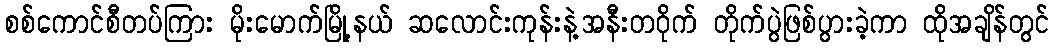
စစ်ကောင်စီတပ်ကြား မိုးမောက်မြို့နယ် ဆလောင်းကုန်းနဲ့အနီးတဝိုက် တိုက်ပွဲဖြစ်ပွားခဲ့ကာ ထိုအချိန်တွင်